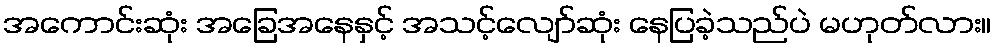
အကောင်းဆုံး အခြေအနေနှင့် အသင့်လျော်ဆုံး နေပြခဲ့သည်ပဲ မဟုတ်လား။